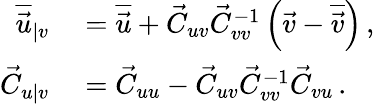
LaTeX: \begin{array}{rl}{\overline{{\vec{u}}}_{\vert v}}&{{}=\overline{{\vec{u}}}+\vec{C}_{uv}\vec{C}_{vv}^{-1}\left(\vec{v}-\overline{{\vec{v}}}\right)\, ,}\\ {\vec{C}_{u\vert v}}&{{}=\vec{C}_{uu}-\vec{C}_{uv}\vec{C}_{vv}^{-1}\vec{C}_{vu}\, .}\end{array}